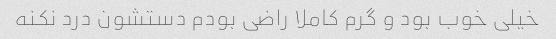
خیلی خوب بود و گرم کاملا راضی بودم دستشون درد نکنه